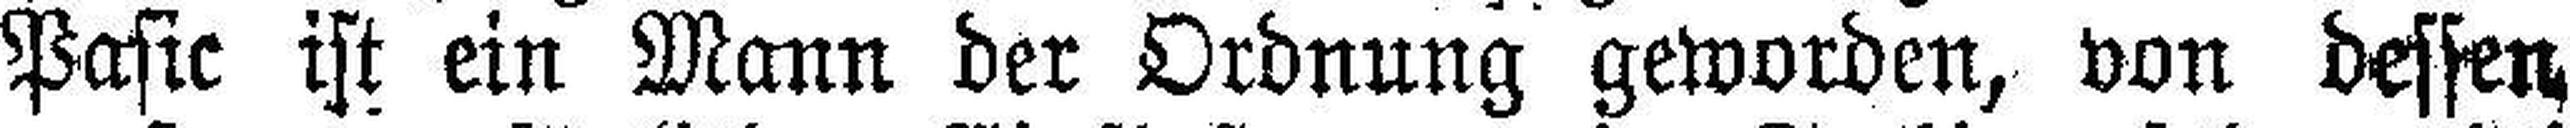
Pasic ist ein Mann der Ordnung geworden, von dessen